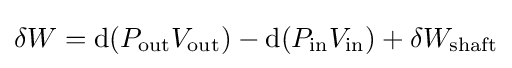
\delta W=\mathrm {d} (P_{\text{out}}V_{\text{out}})-\mathrm {d} (P_{\text{in}}V_{\text{in}})+\delta W_{\text{shaft}}